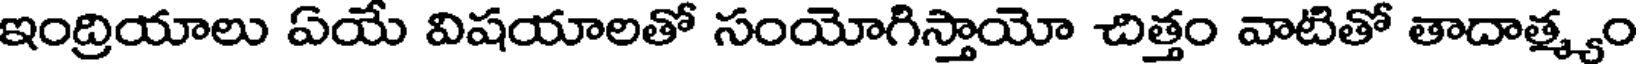
ఇంద్రియాలు ఏయే విషయాలతో సంయోగిస్తాయో చిత్తం వాటితో తాదాత్మ్యం